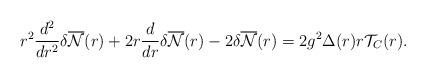
LaTeX: \begin{align*}r^2\frac{d^2}{dr^2}{\delta}\overline{\cal{N}}(r)+2r\frac{d}{dr}{\delta}\overline{\cal{N}}(r)-2{\delta}\overline{\cal{N}}(r)=2g^2{\Delta}(r)r{\cal T}_C(r).\end{align*}